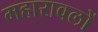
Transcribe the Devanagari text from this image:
महारावलों